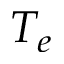
T _ { e }